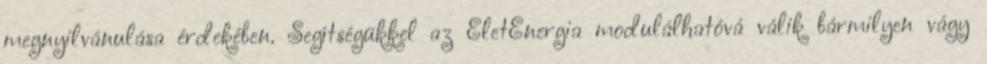
megnyilvánulása érdekében. Segítségükkel az ÉletEnergia modulálhatóvá válik bármilyen vágy